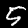
Digit: 5